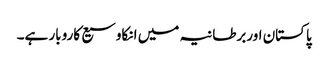
پاکستان اوربرطانیہ میں انکاوسیع کاروبار ہے۔